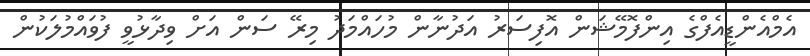
އެމްއެންޑީއެފްގެ އިންފޮމޭޝަން އޮފިސަރު އަދުނާން މުހައްމަދު މިރޭ ސަން އަށް ވިދާޅުވީ ފުވައްމުލަކުން